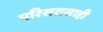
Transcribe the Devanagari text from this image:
परिसरासाही